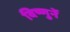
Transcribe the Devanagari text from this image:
विष्णुनें